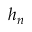
h _ { n }